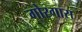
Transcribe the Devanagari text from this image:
गोरगास